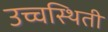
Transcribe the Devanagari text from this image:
उच्चस्थिती